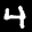
Label: 4